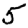
Digit: 5